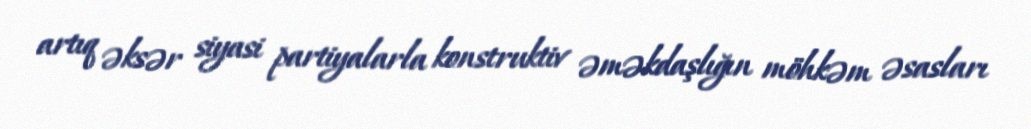
artıq əksər siyasi partiyalarla konstruktiv əməkdaşlığın möhkəm əsasları